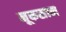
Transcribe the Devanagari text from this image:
नूकसान